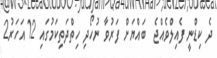
ދެ ކިޑްނީ ފެއިލްވެއްޖެ  ބައްޔަށް ފަރުވާ ނުހޯދި ހިތްދަތިކަމުގައި 12 އަހަރު2